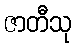
ဇာတီသု